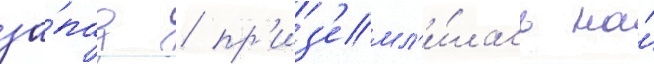
за́пад / пр'из'емл'и́лась на́